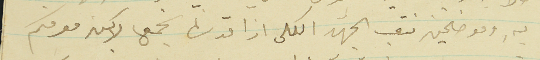
بهِ وموضحين نتعب الجهد الكلى اذا قدرنا نجمعها لاكن معرفتكم